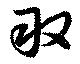
敢